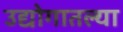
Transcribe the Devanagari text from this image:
उद्योगातल्या